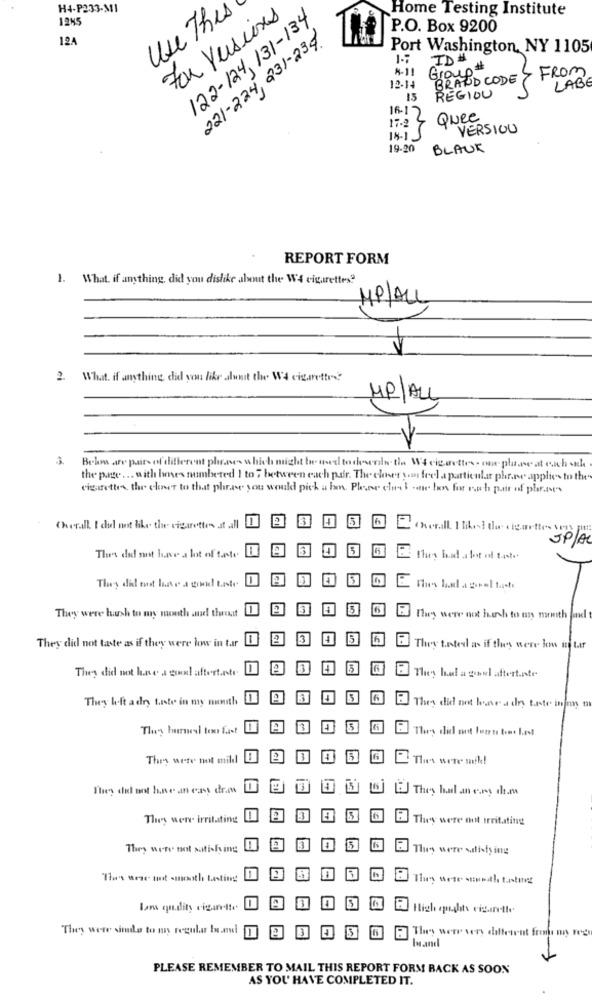
H4-P233-MI
Home Testing Institute
12H5
Use This
For Versiones
122-124,131-134
P.O. Box 9200
12A
221-224, 231-234
Port Washington, NY 1105
1.7
ID#
N-11
Group#
FROM
BRAND CODE
LABE
12-14
15
REGIOU
16-17
17-2
4
Quee
VERSION
19-20
BLAUK
REPORT FORM
. What, if anything, did you dislike about the W4 cigarettes"
MP/ALL
V
2.What. if anything did you like alunit the Wa cigarettes
MP/ALL
Belm are pairs of different phrases which might be used to descriin the W4 cigarettes- one place at each sich
the page ... with limes numbered 1 to ; between each par. The closer you feel a particular phere applies to the
cigarettes the chner to that phrase you would pick a ban. Plever chu I one In far rah pair of phrases
13
Cher.dl I dil not like the cigarettes at all
Ichwil I tikest de aguettes say ur
JP/A
5
Thes did not have a lot of tate
That bad a lot of taste
They did must have a god taste
3
They were harsh to my mouth and theexit
They were not huh to my mouth and
3
5
6
They did not taste as if they were low in tar
They tated as if they were kom inter
They did not hne a good! aftertaste
They had a good aftertaste
They left a dry taste in my numsth
They did not have a dry tate info
They burned too fast
They did unt luzes tome Last
The's were not mill
13
4
6
Thes were mik!
They del ant hne an cass draw
EJ They had an easy dham
They were irritating
13
14
15
They were not irritating
They were not satish ing
3
El They were satisfying
"They were most smooth tasting
They were stunath tasturz
Iam quality cigarette
E Hich oughts cigarette
They were simde to my regular band
They were very dil
PLEASE REMEMBER TO MAIL THIS REPORT FORM BACK AS SOON
AS YOU HAVE COMPLETED IT.